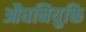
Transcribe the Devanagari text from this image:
औधनियुक्ति